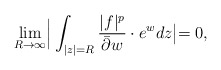
\begin{align*}\lim_{R\to\infty}\Bigr|\int_{|z|=R}\frac{|f|^p}{\bar{\partial}w}\cdot e^wdz\bigl|=0,\end{align*}